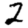
Digit: 2